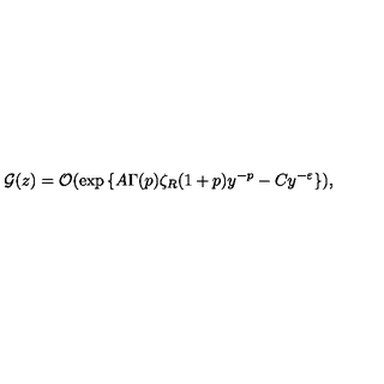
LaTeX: { \cal G } ( z ) = { \cal O } ( \exp { \{ A \Gamma ( p ) \zeta _ { R } ( 1 + p ) y ^ { - p } - C y ^ { - \varepsilon } \} } ) \mathrm { , }